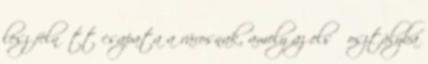
lesz felnőtt csapata a városnak, amely az első osztályba